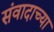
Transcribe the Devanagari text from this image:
संवादाच्या